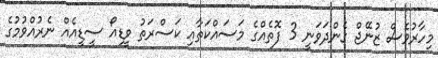
މިހާރުވެސް ޒުނޭޖް ގެންދަވަނީ 3 ފޮތެއްގެ މަސައްކަތާއި ކަސްރަތު ވީޑިއޯ ސީޑީއެއް ނެރުއްވުމުގެ